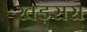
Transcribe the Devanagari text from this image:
खड़सरा